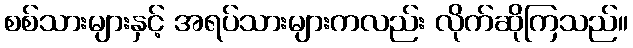
စစ်သားများနှင့် အရပ်သားများကလည်း လိုက်ဆိုကြသည်။